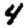
Digit: 4